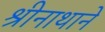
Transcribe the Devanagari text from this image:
श्रीनाथाने